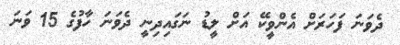
ދެވަނަ ފަހަރަށް އެންވީކޭ އަށް ލީޑު ނަގައިދިނީ ދެވަނަ ހާފުގެ 15 ވަނަ